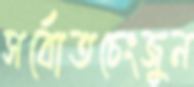
সর্বোতচেংজুন